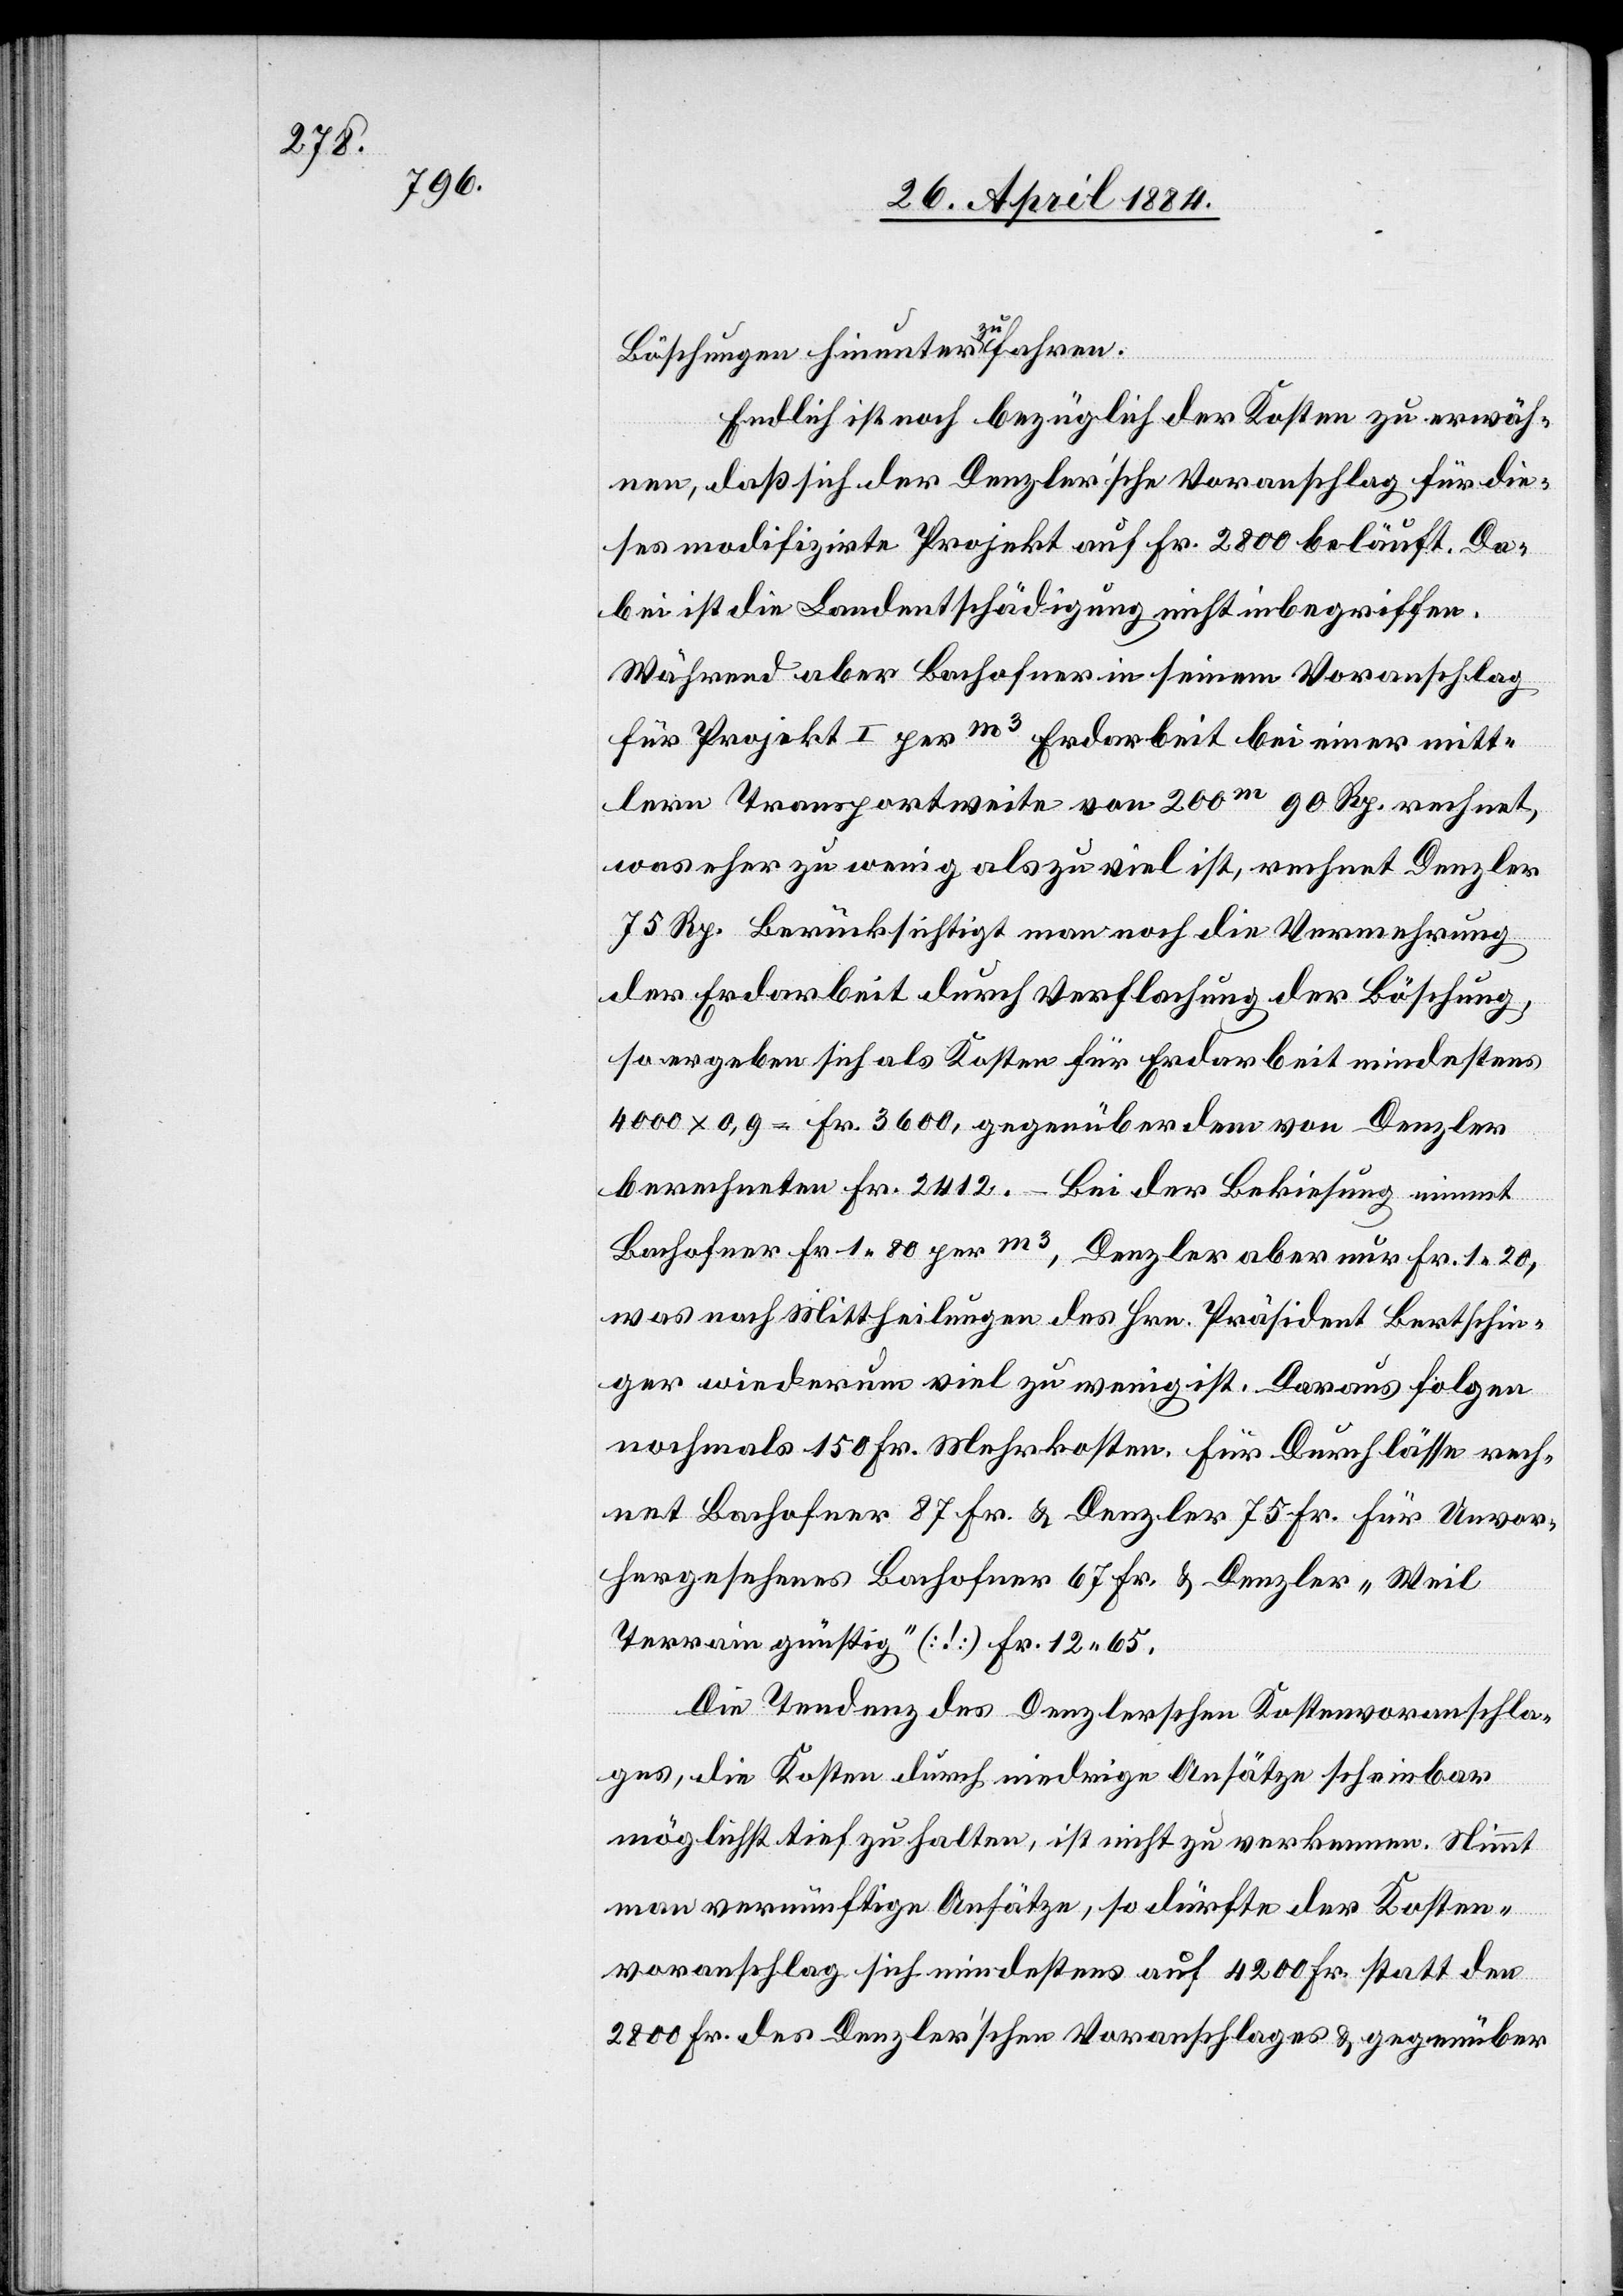
Böschungen hinunter zu fahren.
Endlich ist noch bezüglich der Kosten zu erwäh¬
nen, daß sich der Denzler’sche Voranschlag für die¬
ses modifizirte Projekt auf Fr. 2800 beläuft. Da¬
bei ist die Landentschädigung nicht inbegriffen.
Während aber Bachofner in seinem Voranschlag
für Projekt I per m3 Erdarbeit bei einer mitt¬
lern Transportweite von 200m 90 Rp. rechnet,
was eher zu wenig als zu viel ist, rechnet Denzler
75 Rp. Berücksichtigt man noch die Vermehrung
der Erdarbeit durch Verflachung der Böschung,
so ergeben sich als Kosten für Erdarbeit mindestens
4000 x 0,9 = Fr. 3600, gegenüber dem [sic!] von Denzler
berechneten Fr. 2412. – Bei der Bekiesung nimmt
Bachofner Fr. 1 80 per m3, Denzler aber nur Fr. 1 20,
was nach Mittheilungen des Hrn. Präsident Bertschin¬
ger wiederum viel zu wenig ist. Daraus folgen
nachmals 150 Fr. Mehrkosten. Für Durchlässe rech¬
net Bachofner 87 Fr. & Denzler 75 Fr. für Unvor¬
hergesehenes Bachofner 67 Fr. & Denzler „Weil
Terrain günstig“ (!) Fr. 12 65.
Die Tendenz des Denzlerschen Kostenvoranschla¬
ges, die Kosten durch niedrige Ansätze scheinbar
möglichst tief zu halten, ist nicht zu verkennen. Nimmt
man vernünftige Ansätze, so dürfte der Kosten¬
voranschlag sich mindestens auf 4200 Fr. statt den
2800 Fr. des Denzler’schen Voranschlages & gegenüber